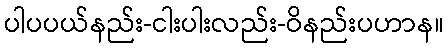
ပါပပယ်နည်း-ငါးပါးလည်း-ဝိနည်းပဟာန။